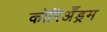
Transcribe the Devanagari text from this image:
कोरिअँड्रम